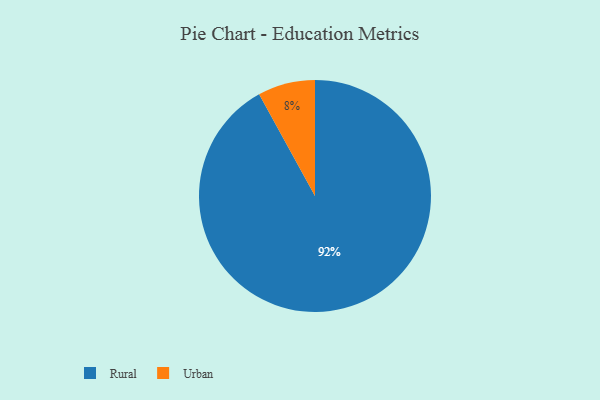
{"axis": {"x": "Category", "y": "Percentage"}, "legend": ["Rural", "Urban"], "data": [{"x": "Rural", "y": 92, "type": "Rural"}, {"x": "Urban", "y": 8, "type": "Urban"}]}